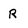
Character: R